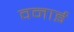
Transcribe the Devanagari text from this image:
वनाई